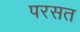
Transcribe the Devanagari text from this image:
परसत